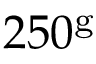
2 5 0 ^ { \mathrm { g } }